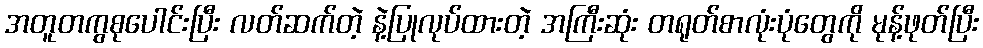
အတူတကွစုပေါင်းပြီး လတ်ဆက်တဲ့ နဲ့ပြုလုပ်ထားတဲ့ အကြီးဆုံး တရုတ်စာလုံးပုံတွေကို မုန့်ဖုတ်ပြီး